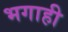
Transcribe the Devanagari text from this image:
भगाही